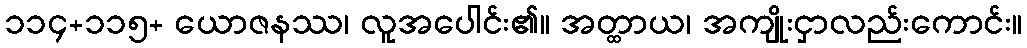
၁၁၄+၁၁၅+ ယောဇနဿ၊ လူအပေါင်း၏။ အတ္ထာယ၊ အကျိုးငှာလည်းကောင်း။